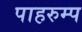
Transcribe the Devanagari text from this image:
पाहरुम्प